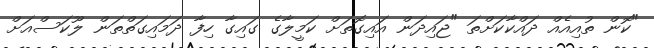
"ކޮން ތުއިއެއް ދައްކާކަށްތަ "ޖައިދަން އައިގޮތަށް ކަމީލާގެ ގައިގާ ހިފާ ދަމައިގަތްތަން ލޫކަސްއަށް